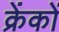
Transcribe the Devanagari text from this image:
क्रेंकों